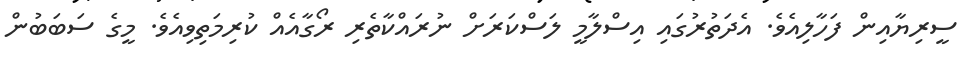
ސީރިޔާއިން ފަހާލިއެވެ. އެދަތުރުގައި އިސްލާމީ ލަސްކަރަށް ނުރައްކާތެރި ރޯގާއެއް ކުރިމަތިވިއެވެ. މީގެ ސަބަބުން